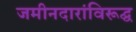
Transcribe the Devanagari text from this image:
जमीनदारांविरूद्घ